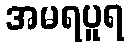
အမရပူရ